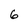
Character: 6